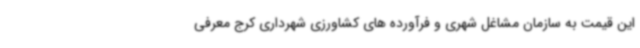
این قیمت به سازمان مشاغل شهری و فرآورده های کشاورزی شهرداری کرج معرفی